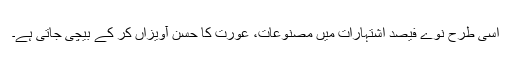
اسی طرح نوّے فیصد اشتہارات میں مصنوعات، عورت کا حسن آویزاں کر کے بیچی جاتی ہے۔